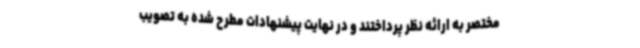
مختصر به ارائه نظر پرداختند و در نهایت پیشنهادات مطرح شده به تصویب